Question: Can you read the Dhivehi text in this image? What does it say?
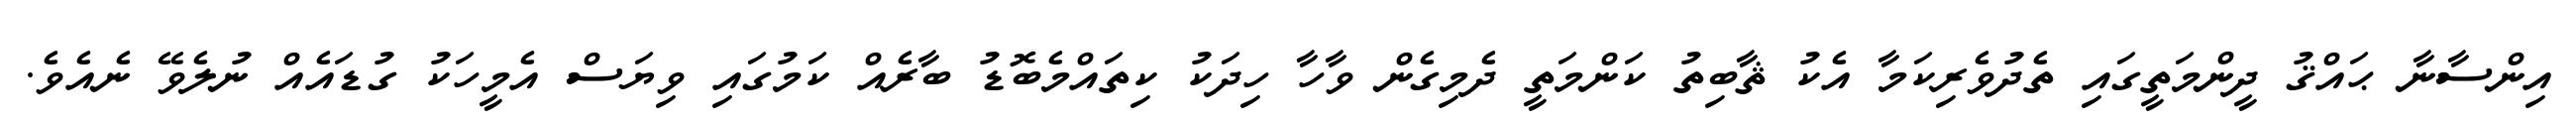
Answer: އިންސާނާ ޙައްޤު ދީންމަތީގައި ތެދުވެރިކަމާ އެކު ޘާބިތު ކަންމަތީ ދެމިގެން ވާހާ ހިދަކު ކިތައްމެބޮޑު ބާރެއް ކަމުގައި ވިޔަސް އެމީހަކު ގުޑައެއް ނުލެވޭ ނެއެވެ.